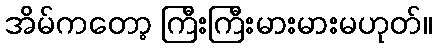
အိမ်ကတော့ ကြီးကြီးမားမားမဟုတ်။